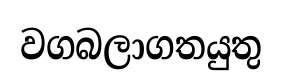
වගබලාගතයුතු